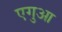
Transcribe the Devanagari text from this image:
एगुआ